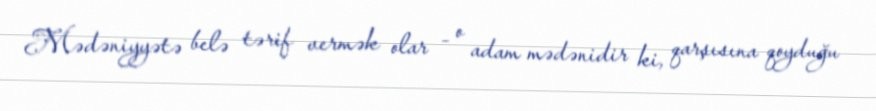
Mədəniyyətə belə tərif vermək olar - o adam mədənidir ki, qarşısına qoyduğu